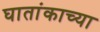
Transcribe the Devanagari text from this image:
घातांकाच्या